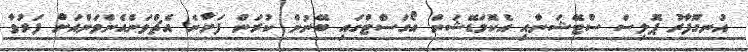
އުނގޫފާރު ޕޮލިސް ސްޓޭޝަނާއި އެކޮމަޑޭޝަން އޯގަސްޓްގައި ބޭނުން ކުރަން ފަށާނެ އެޗްވަންއެންވަންއަށް ފަރުވާ